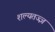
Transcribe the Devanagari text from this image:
शल्यतज्‍ज्ञ